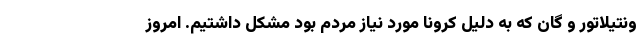
ونتیلاتور و گان که به دلیل کرونا مورد نیاز مردم بود مشکل داشتیم. امروز